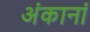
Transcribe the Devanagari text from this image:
अंकानां